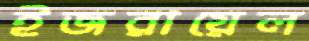
ইজরায়েল